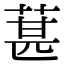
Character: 葚